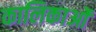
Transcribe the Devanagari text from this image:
कालिकाओं